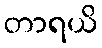
တာရယိ